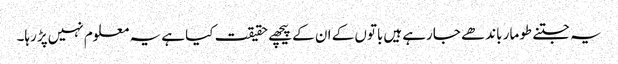
یہ جتنے طومار باندھے جارہے ہیں‌باتوں کے ان کے پیچھے حقیقت کیا ہے یہ معلوم نہیں‌پڑ رہا۔